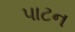
પાટન